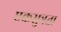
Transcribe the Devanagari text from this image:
एकसुत्रता